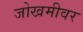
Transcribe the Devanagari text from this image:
जोखमीवर